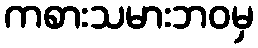
ကစားသမားဘဝမှ